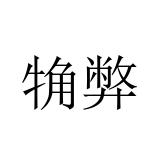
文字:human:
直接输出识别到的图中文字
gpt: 觕弊